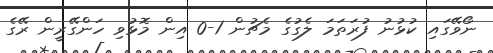
ނޯވޭގައި ކުޅުނު ފުރަތަމަ ލެގުގެ މެޗުން 1-0 އިން މޮޅުވި ހަންގޭރީން ރޭގެ